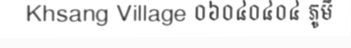
Khsang Village ០៦០៤០៤០៤ ភូមិ